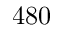
4 8 0